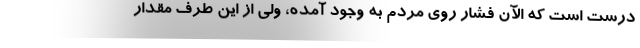
درست است که الآن فشار روی مردم به وجود آمده، ولی از این طرف مقدار